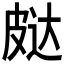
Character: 𰤨